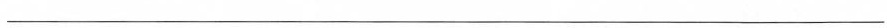
___